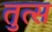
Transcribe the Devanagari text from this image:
तुत्स